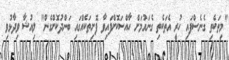
"މިތަކެތި ގެނެސްފައި ހުރީ އެތަކެތި ގެނައުމަށް ހާއްސަކޮށްފައިވާ ފޮށިތަކެއްގައި ބަންދުކޮށްގެން" ލިއުޝާ ވިދާޅުވި